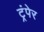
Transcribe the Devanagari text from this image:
ट्रंपेर